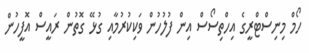
ހޯމް މިނިސްޓްރީގެ އިހްތިސޯސް އިން ފުލުހުން ވަކިކުރުމާއި ގުޅޭ ގޮތުން ރައީސް އޮފީހުން